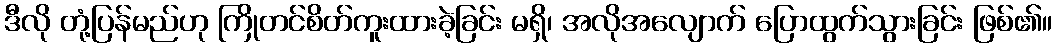
ဒီလို တုံ့ပြန်မည်ဟု ကြိုတင်စိတ်ကူးထားခဲ့ခြင်း မရှိ၊ အလိုအလျောက် ပြောထွက်သွားခြင်း ဖြစ်၏။